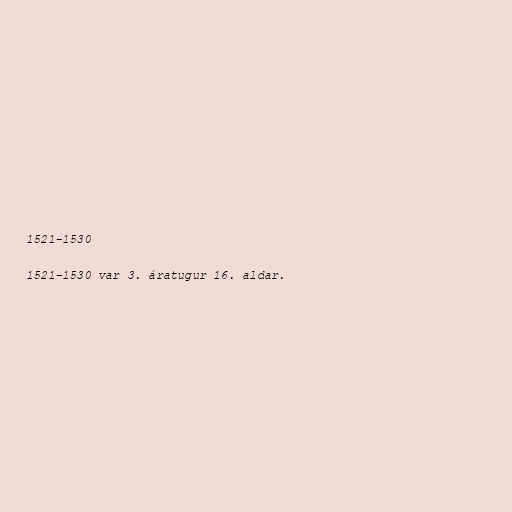
1521-1530

1521–1530 var 3. áratugur 16. aldar.